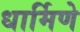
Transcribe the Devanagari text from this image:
धार्मिणे